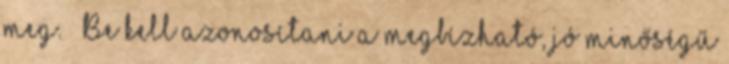
meg.  Be kell azonosítani a megbízható, jó minőségű